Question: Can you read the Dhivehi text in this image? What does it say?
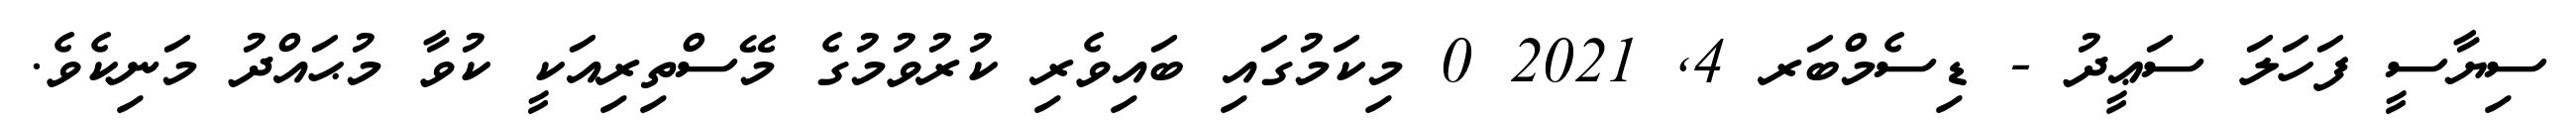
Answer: ސިޔާސީ ފަހަލަ ސަޢީދު - ޑިސެމްބަރ 4, 2021 0 މިކަމުގައި ބައިވެރި ކުރުވުމުގެ މޭސްތިރިއަކީ ކުވާ މުޙައްދު މަނިކެވެ.